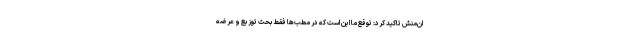
ان‌منش تاکید کرد: توقع ما این است که در مطب‌ها فقط بحث توزیع و عرضه